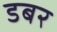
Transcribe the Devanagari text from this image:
डबर